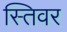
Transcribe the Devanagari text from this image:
स्तिवर